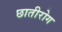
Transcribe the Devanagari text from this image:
छातीरोग